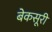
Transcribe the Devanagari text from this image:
बेकसूरी